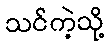
သင်ကဲ့သို့